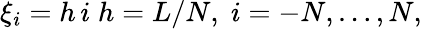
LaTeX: \xi_{i}=h\, i\; h=L/N,\; i=-N,\ldots,N,